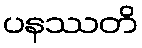
ပနဿတိ